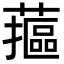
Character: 𮒁